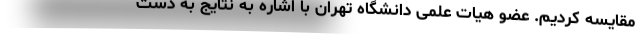
مقایسه کردیم. عضو هیات علمی دانشگاه تهران با اشاره به نتایج به دست